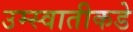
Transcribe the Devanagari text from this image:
उम्स्वातीकडे